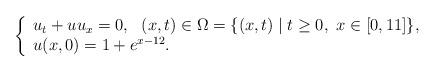
LaTeX: \begin{align*} \left\{ \begin{array}{l} u_t+uu_x=0,\ \ (x,t)\in \Omega=\{(x,t)\mid t\geq 0,\ x\in [0,11]\},\\ u(x,0)=1+e^{x-12}. \end{array} \right. \end{align*}